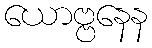
ယောဗ္ဗနေန